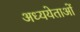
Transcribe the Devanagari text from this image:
अध्ययेताओं